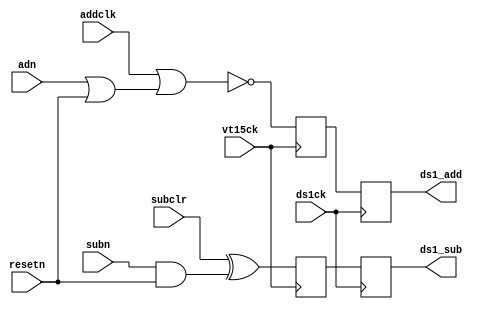
// Copyright 2003 Star Galaxy Publishing

module mult_clks (vt15ck, addclk, adn, resetn, subclr, subn, ds1ck, ds1_add, ds1_sub);
  input vt15ck, addclk, adn, resetn, subclr, subn, ds1ck;

  output ds1_add, ds1_sub;
  reg ds1_add, ds1_sub;
  reg add_state, sub_state;

  always @(negedge vt15ck) begin
    add_state = !(addclk | (adn | resetn));
    sub_state = subclr ^ (subn & resetn);
  end

  always @(posedge ds1ck) begin
    ds1_add = add_state;
    ds1_sub = sub_state;
  end
endmodule